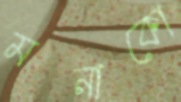
মনাকো